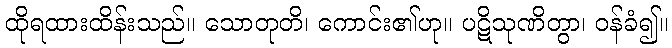
ထိုရထားထိန်းသည်။ သောတုတိ၊ ကောင်း၏ဟု။ ပဋိသုဏိတွာ၊ ဝန်ခံ၍။